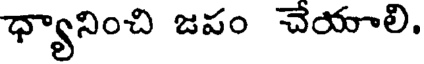
ధ్యానించి జపం చేయాలి.